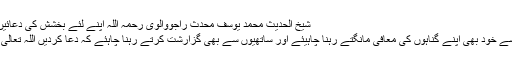
شیخ الحدیث محمد یوسف محدث راجووالوی رحمہ اللہ اپنے لئے بخشش کی دعائیں بہت کروایا کرتے تھے
انسان غلطی کا پتلا ہے اسے خود بھی اپنے گناہوں کی معافی مانگتے رہنا چاہیئے اور ساتھیوں سے بھی گزارشت کرتے رہنا چاہئے کہ دعا کردیں اللہ تعالی میرے گناہ معاف کرے ۔